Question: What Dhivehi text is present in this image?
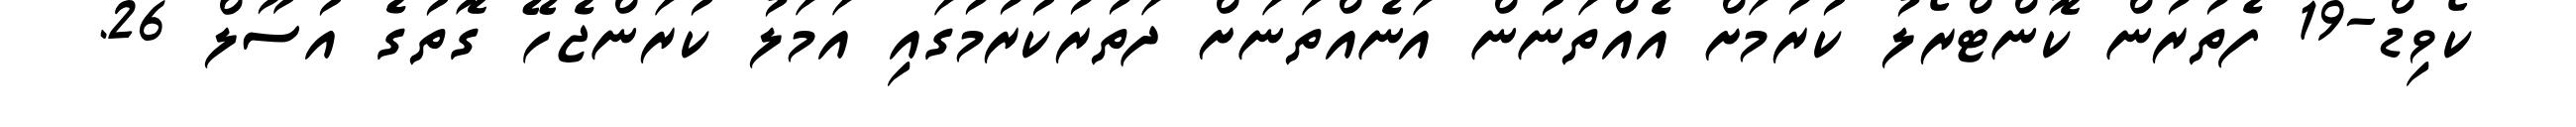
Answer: ކޯވިޑް-19 ފެތުރުން ކޮންޓްރޯލު ކުރުމަށް އެއްތަނުން އަނެއްތަނަށް ދަތުރުކުރުމުގައި އަމަލު ކުރަންޖެހޭ ގޮތުގެ އުސޫލް 26.